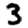
Digit: 3